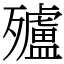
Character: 㱺